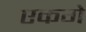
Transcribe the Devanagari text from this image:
एकगे